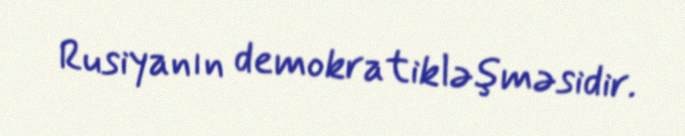
Rusiyanın demokratikləşməsidir.